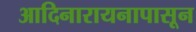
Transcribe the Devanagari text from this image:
आदिनारायनापासून